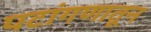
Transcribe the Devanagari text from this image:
पटांगणातून